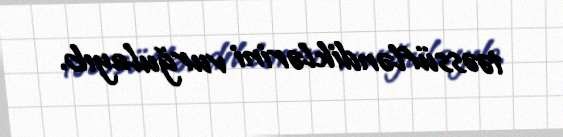
təəssüfləndiklərini vurğulayıb.